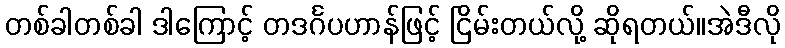
တစ်ခါတစ်ခါ ဒါကြောင့် တဒင်္ဂပဟာန်ဖြင့် ငြိမ်းတယ်လို့ ဆိုရတယ်။အဲဒီလို